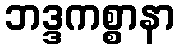
ဘဒ္ဒကစ္စာနာ